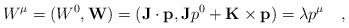
LaTeX: \begin{align*}W^{\mu} = (W^{0},{\bf W}) = ({\bf J}\cdot {\bf p}, {\bf J}p^{0} +{\bf K}\times {\bf p}) = \lambda p^{\mu}~~~,\end{align*}